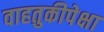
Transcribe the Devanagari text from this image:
वाहतुकीपेक्षा